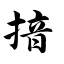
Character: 揞